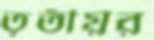
তৃতীয়র